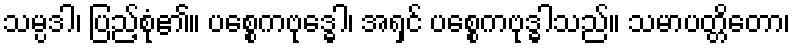
သမ္ပဒါ၊ ပြည့်စုံ၏။ ပစ္စေကဗုဒ္ဓေါ၊ အရှင် ပစ္စေကဗုဒ္ဓါသည်။ သမာပတ္တိတော၊